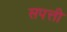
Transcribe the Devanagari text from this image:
सपत्ती